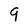
Character: 9